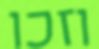
וזכו